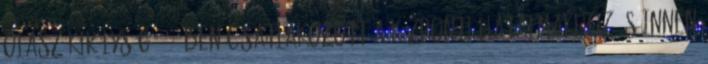
olasz királyság 1882-ben csatlakozott a központi hatalmakhoz, s innen